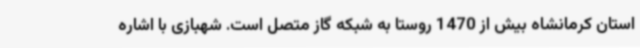
استان کرمانشاه بیش از 1470 روستا به شبکه گاز متصل است. شهبازی با اشاره